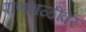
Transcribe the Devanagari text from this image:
पाणथळींवर